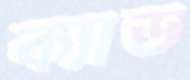
ক্যাড